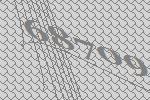
68709